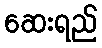
ဆေးရည်